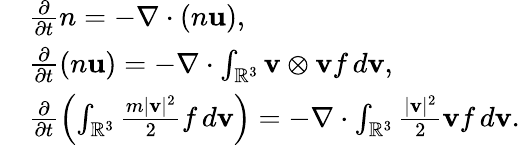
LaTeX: \begin{array}{rl}&{\frac{\partial}{\partial t}n=-\nabla\cdot(n\mathbf{u}),}\\ &{\frac{\partial}{\partial t}(n\mathbf{u})=-\nabla\cdot\int_{\mathbb{R}^{3}}\mathbf{v}\otimes\mathbf{v}f\, d\mathbf{v},}\\ &{\frac{\partial}{\partial t}\left(\int_{\mathbb{R}^{3}}\frac{m|\mathbf{v}|^{2}}{2}f\, d\mathbf{v}\right)=-\nabla\cdot\int_{\mathbb{R}^{3}}\frac{|\mathbf{v}|^{2}}{2}\mathbf{v}f\, d\mathbf{v}.}\end{array}